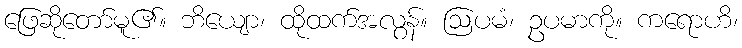
ဖြေဆိုတော်မူ၏။ ဘိယျော၊ ထိုထက်အလွန်။ ဩပမံ၊ ဥပမာကို။ ကရောဟိ၊